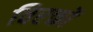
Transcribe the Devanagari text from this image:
विरक्तों